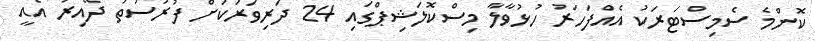
ކޮންމެ ސެމިސްޓަރަކު އެއްފަހަރު ހުޅުވާލާ މިސްކޮލަޝިޕްގައި 24 ދަރިވަރަކަށް ފުރުސަތު ދޭއިރު އެއީ